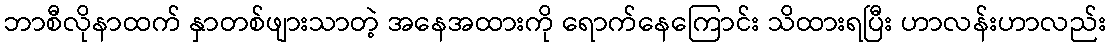
ဘာစီလိုနာထက် နှာတစ်ဖျားသာတဲ့ အနေအထားကို ရောက်နေကြောင်း သိထားရပြီး ဟာလန်းဟာလည်း